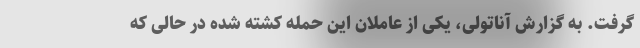
گرفت. به گزارش آناتولی، یکی از عاملان این حمله کشته شده در حالی که